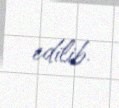
edilib.